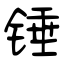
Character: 锤